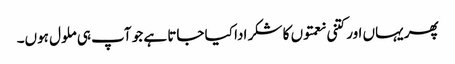
پھر یہاں اور کتنی نعمتوں کا شکر ادا کیا جاتا ہے جو آپ ہی ملول ہوں۔